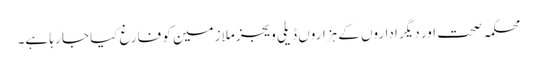
محکمہ صحت اور دیگر اداروں کے ہزاروں ڈیلی ویجز ملازمین کو فارغ کیا جا رہا ہے۔